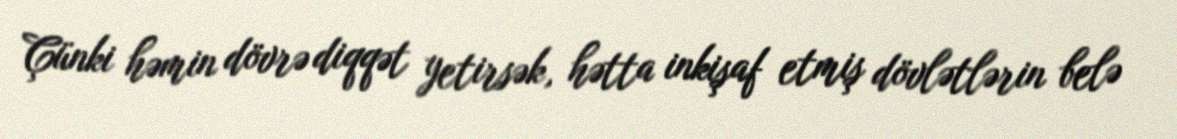
Çünki həmin dövrə diqqət yetirsək, hətta inkişaf etmiş dövlətlərin belə